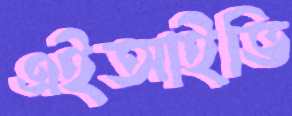
এইআইভি